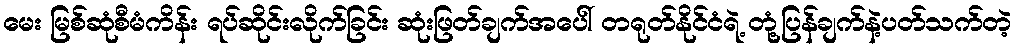
မေး မြစ်ဆုံစီမံကိန်း ရပ်ဆိုင်းလိုက်ခြင်း ဆုံးဖြတ်ချက်အပေါ် တရုတ်နိုင်ငံရဲ့ တုံ့ပြန်ချက်နဲ့ပတ်သက်တဲ့